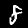
Label: 8